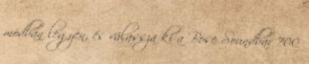
módban legyen, és válassza ki a Bose Soundbar 700